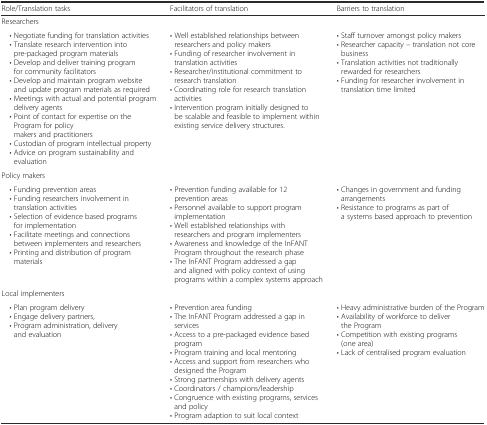
<table><thead><tr><td><b>Role/Translation tasks</b></td><td><b>Facilitators of translation</b></td><td><b>Barriers to translation</b></td></tr></thead><tbody><tr><td colspan="3">Researchers</td></tr><tr><td> • Negotiate funding for translation activities • Translate research intervention into pre-packaged program materials • Develop and deliver training program for community facilitators • Develop and maintain program website and update program materials as required • Meetings with actual and potential program delivery agents • Point of contact for expertise on the Program for policy makers and practitioners • Custodian of program intellectual property • Advice on program sustainability and evaluation</td><td>• Well established relationships between researchers and policy makers • Funding of researcher involvement in translation activities • Researcher/institutional commitment to research translation • Coordinating role for research translation activities • Intervention program initially designed to be scalable and feasible to implement within existing service delivery structures.</td><td>• Staff turnover amongst policy makers • Researcher capacity – translation not core business • Translation activities not traditionally rewarded for researchers • Funding for researcher involvement in translation time limited</td></tr><tr><td colspan="3">Policy makers</td></tr><tr><td> • Funding prevention areas • Funding researchers involvement in translation activities • Selection of evidence based programs for implementation • Facilitate meetings and connections between implementers and researchers • Printing and distribution of program materials</td><td>• Prevention funding available for 12 prevention areas • Personnel available to support program implementation • Well established relationships with researchers and program implementers • Awareness and knowledge of the InFANT Program throughout the research phase • The InFANT Program addressed a gap and aligned with policy context of using programs within a complex systems approach</td><td>• Changes in government and funding arrangements • Resistance to programs as part of a systems based approach to prevention</td></tr><tr><td colspan="3">Local implementers</td></tr><tr><td> • Plan program delivery • Engage delivery partners, • Program administration, delivery and evaluation</td><td>• Prevention area funding • The InFANT Program addressed a gap in services • Access to a pre-packaged evidence based program • Program training and local mentoring • Access and support from researchers who designed the Program • Strong partnerships with delivery agents • Coordinators / champions/leadership • Congruence with existing programs, services and policy • Program adaption to suit local context</td><td>• Heavy administrative burden of the Program • Availability of workforce to deliver the Program • Competition with existing programs (one area) • Lack of centralised program evaluation</td></tr></tbody></table>